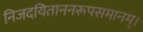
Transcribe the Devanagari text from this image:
निजदयिताननरूपसमानम्।